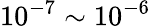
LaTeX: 10^{-7}\sim 10^{-6}